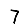
Digit: 7